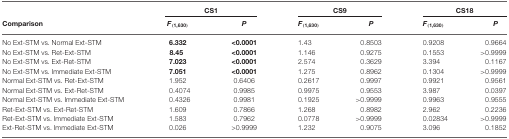
<table><thead><tr><td></td><td colspan="2"><b>CS1</b></td><td colspan="2"><b>CS9</b></td><td colspan="2"><b>CS18</b></td></tr><tr><td><b>Comparison</b></td><td><b><i>F</i><sub>(1,630)</sub></b></td><td><b><i>P</i></b></td><td><b><i>F</i><sub>(1,630)</sub></b></td><td><b><i>P</i></b></td><td><b><i>F</i><sub>(1,630)</sub></b></td><td><b><i>P</i></b></td></tr></thead><tbody><tr><td>No Ext-STM vs. Normal Ext-STM</td><td><b>6.332</b></td><td><b>&lt;0.0001</b></td><td>1.43</td><td>0.8503</td><td>0.9208</td><td>0.9664</td></tr><tr><td>No Ext-STM vs. Ret-Ext-STM</td><td><b>8.45</b></td><td><b>&lt;0.0001</b></td><td>1.146</td><td>0.9275</td><td>0.1553</td><td>&gt;0.9999</td></tr><tr><td>No Ext-STM vs. Ext-Ret-STM</td><td><b>7.023</b></td><td><b>&lt;0.0001</b></td><td>2.574</td><td>0.3629</td><td>3.394</td><td>0.1167</td></tr><tr><td>No Ext-STM vs. Immediate Ext-STM</td><td><b>7.051</b></td><td><b>&lt;0.0001</b></td><td>1.275</td><td>0.8962</td><td>0.1304</td><td>&gt;0.9999</td></tr><tr><td>Normal Ext-STM vs. Ret-Ext-STM</td><td>1.952</td><td>0.6406</td><td>0.2617</td><td>0.9997</td><td>0.9921</td><td>0.9561</td></tr><tr><td>Normal Ext-STM vs. Ext-Ret-STM</td><td>0.4074</td><td>0.9985</td><td>0.9975</td><td>0.9553</td><td>3.987</td><td>0.0397</td></tr><tr><td>Normal Ext-STM vs. Immediate Ext-STM</td><td>0.4326</td><td>0.9981</td><td>0.1925</td><td>&gt;0.9999</td><td>0.9963</td><td>0.9555</td></tr><tr><td>Ret-Ext-STM vs. Ext-Ret-STM</td><td>1.609</td><td>0.7866</td><td>1.268</td><td>0.8982</td><td>2.962</td><td>0.2236</td></tr><tr><td>Ret-Ext-STM vs. Immediate Ext-STM</td><td>1.583</td><td>0.7962</td><td>0.0778</td><td>&gt;0.9999</td><td>0.02834</td><td>&gt;0.9999</td></tr><tr><td>Ext-Ret-STM vs. Immediate Ext-STM</td><td>0.026</td><td>&gt;0.9999</td><td>1.232</td><td>0.9075</td><td>3.096</td><td>0.1852</td></tr></tbody></table>